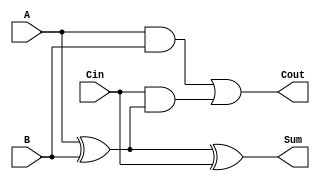
module LowPowerFullAdder (
    input wire A,      // First input bit
    input wire B,      // Second input bit
    input wire Cin,    // Carry-in bit
    output wire Sum,   // Resulting sum bit
    output wire Cout   // Carry-out bit
);

// Internal signals
wire AxorB;          // Intermediate signal for A XOR B

// Logic for Sum: Sum = A  B  Cin
assign AxorB = A ^ B; // First XOR
assign Sum = AxorB ^ Cin; // Second XOR

// Logic for Cout: Cout = (A AND B) OR (Cin AND (A  B))
assign Cout = (A & B) | (Cin & AxorB);

endmodule